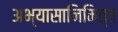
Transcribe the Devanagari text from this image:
अभ्यासानिमित्त